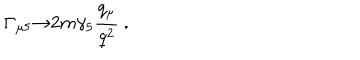
\Gamma _ { \mu 5 } { \rightarrow } 2 m \gamma _ { 5 } { \frac { q _ { \mu } } { q ^ { 2 } } } \ .